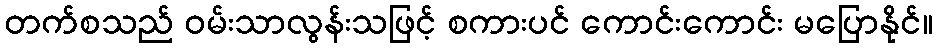
တက်စသည် ဝမ်းသာလွန်းသဖြင့် စကားပင် ကောင်းကောင်း မပြောနိုင်။